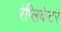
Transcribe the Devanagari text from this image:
रेप्लिकेटर